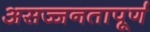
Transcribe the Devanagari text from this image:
असज्जनतापूर्ण